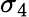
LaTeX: \sigma_{4}